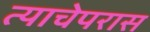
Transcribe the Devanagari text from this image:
त्याचेपरास